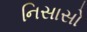
નિસાસો